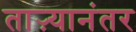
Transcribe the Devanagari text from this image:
ताऱ्यानंतर